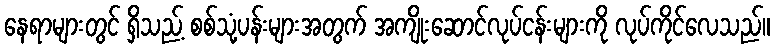
နေရာများတွင် ရှိသည့် စစ်သုံ့ပန်းများအတွက် အကျိုးဆောင်လုပ်ငန်းများကို လုပ်ကိုင်လေသည်။